Report of the Indian Hemp Drugs Commission, 1894-1895 - Volume VI
Year: 1894
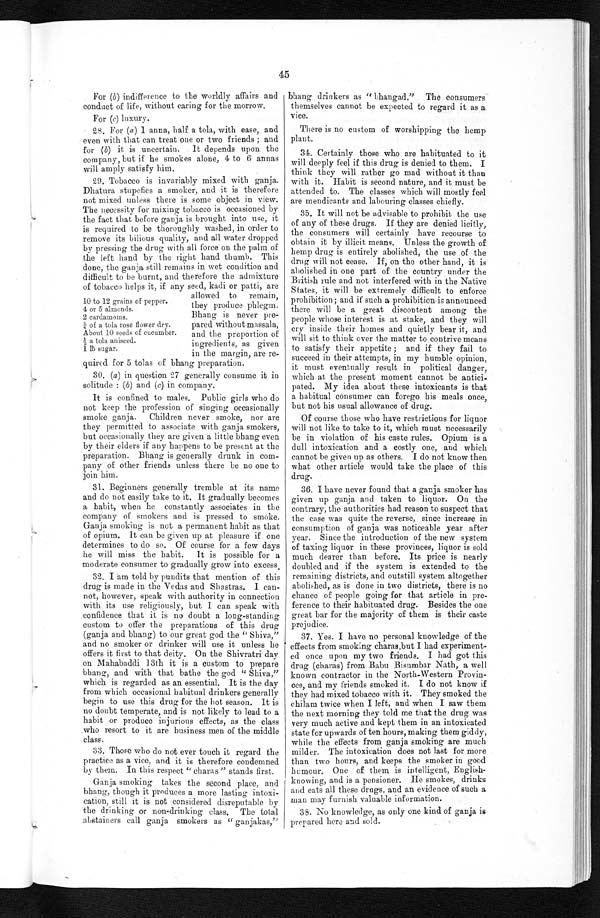
45
For (b) indifference to the worldly affairs and
conduct of life, without caring for the morrow.
For (c) luxury.
28. For (a) 1 anna, half a tola, with ease, and
even with that can treat one or two friends ; and
for (b) it is uncertain. It depends upon the
company, but if he smokes alone, 4 to 6 annas
will amply satisfy him.
29. Tobacco is invariably mixed with ganja.
Dhatura stupefies a smoker, and it is therefore
not mixed unless there is some object in view.
The necessity for mixing tobacco is occasioned by
the fact that before ganja is brought into use, it
is required to be thoroughly washed, in order to
remove its bilious quality, and all water dropped
by pressing the drug with all force on the palm of
the left hand by the right hand thumb. This
done, the ganja still remains in wet condition and
d i f f i c u l t t o b e b u r n t , a n d t h e r e f o r e t h e a d m i x t u r e o f t o b a c c o h e l p s i t , i f a n y s e e d , k a d i o r p a t t i , a r e a l l o w e d t o r e m a i n ,
they produce phlegm.
Bhang is never pre-
pared without massala,
and the proportion of
ingredients, as given in the margin, are re-
quired for 5 tolas of bhang preparation.
30. (a) in question 27 generally consume it in
solitude : (b) and (c) in company.
It is confined to males. Public girls who do
not keep the profession of singing occasionally
smoke ganja. Children never smoke, nor are
they permitted to associate with ganja smokers,
but occasionally they are given a little bhang even
by their elders if any happens to be present at the
preparation. Bhang is generally drunk in com-
pany of other friends unless there be no one to
join him.
31. Beginners generally tremble at its name
and do not easily take to it. It gradually becomes
a habit, when he constantly associates in the
company of smokers and is pressed to smoke.
Ganja smoking is not a permanent habit as that
of opium. It can be given up at pleasure if one
determines to do so. Of course for a few days
he will miss the habit. It is possible for a
moderate consumer to gradually grow into excess.
32. I am told by pundits that mention of this
drug is made in the Vedas and Shastras. I can-
not, however, speak with authority in connection
with its use religiously, but I can speak with
confidence that it is no doubt a long-standing
custom to offer the preparations of this drug
(ganja and bhang) to our great god the " Shiva,"
and no smoker or drinker will use it unless he
offers it first to that deity. On the Shivratri day
on Mahabaddi 13th it is a custom to prepare
bhang, and with that bathe the god " Shiva,"
which is regarded as an essential. It is the day
from which occasional habitual drinkers generally
begin to use this drug for the hot season. It is
no doubt temperate, and is not likely to lead to a
habit or produce injurious effects, as the class
who resort to it are business men of the middle
class.
33. Those who do not ever touch it regard the
practice as a vice, and it is therefore condemned
by them. In this respect " charas " stands first.
Ganja smoking takes the second place, and
bhang, though it produces a more lasting intoxi-
cation, still it is not considered disreputable by
the drinking or non-drinking class. The total
abstainers call ganja smokers as " ganjakas,"
bhang drinkers as " bhangad." The consumers
themselves cannot be expected to regard it as a
vice.
There is no custom of worshipping the hemp
plant.
34. Certainly those who are habituated to it
will deeply feel if this drug is denied to them. I
think they will rather go mad without it than
with it. Habit is second nature, and it must be
attended to. The classes which will mostly feel
are mendicants and labouring classes chiefly.
35. It will not be advisable to prohibit the use
of any of these drugs. If they are denied licitly,
the consumers will certainly have recourse to
obtain it by illicit means. Unless the growth of
hemp drug is entirely abolished, the use of the
drug will not cease. If, on the other hand, it is
abolished in one part of the country under the
10 to 12 grains of pepper.
4 or 5 almonds.
2 cardamoms.
¼ of a tola rose flower dry.
About 10 seeds of cucumber.
½ a tola aniseed.
1 lb sugar.
British rule and not interfered with in the Native
States, it will be extremely difficult to enforce
prohibition; and if such a prohibition is announced
there will be a great discontent among the
people whose interest is at stake, and they will
cry inside their homes and quietly bear it, and
will sit to think over the matter to contrive means
to satisfy their appetite ; and if they fail to
succeed in their attempts, in my humble opinion,
it must eventually result in political danger,
which at the present moment cannot be antici-
pated. My idea about these intoxicants is that
a habitual consumer can forego his meals once,
but not his usual allowance of drug.
Of course those who have restrictions for liquor
will not like to take to it, which must necessarily
be in violation of his caste rules. Opium is a
dull intoxication and a costly one, and which
cannot be given up as others. I do not know then
what other article would take the place of this
drug.
36. I have never found that a ganja smoker has
given up ganja and taken to liquor. On the
contrary, the authorities had reason to suspect that
the case was quite the reverse, since increase in
consumption of ganja was noticeable year after
year. Since the introduction of the new system
of taxing liquor in these provinces, liquor is sold
much dearer than before. Its price is nearly
doubled and if the system is extended to the
remaining districts, and outstill system altogether
abolished, as is done in two districts, there is no
chance of people going for that article in pre-
ference to their habituated drug. Besides the one
great bar for the majority of them is their caste
prejudice.
37. Yes. I have no personal knowledge of the
effects from smoking charas, but I had experiment-
ed once upon my two friends. I had got this
drug (charas) from Babu Bisumbar Nath, a well
known contractor in the North-Western Provin-
ces, and my friends smoked it. I do not know if
they had mixed tobacco with it. They smoked the
chilam twice when I left, and when I saw them
the next morning they told me that the drug was
very much active and kept them in an intoxicated
state for upwards of ten hours, making them giddy,
while the eff ects from ganja smoking are much
milder. The intoxication does not last for more
than two hours, and keeps the smoker in good
humour. One of them is intelligent, English-
knowing, and is a pensioner. He smokes, drinks
and eats all these drags, and an evidence of such a
man may furnish valuable information.
38. No knowledge, as only one kind of ganja is
prepared here and sold.